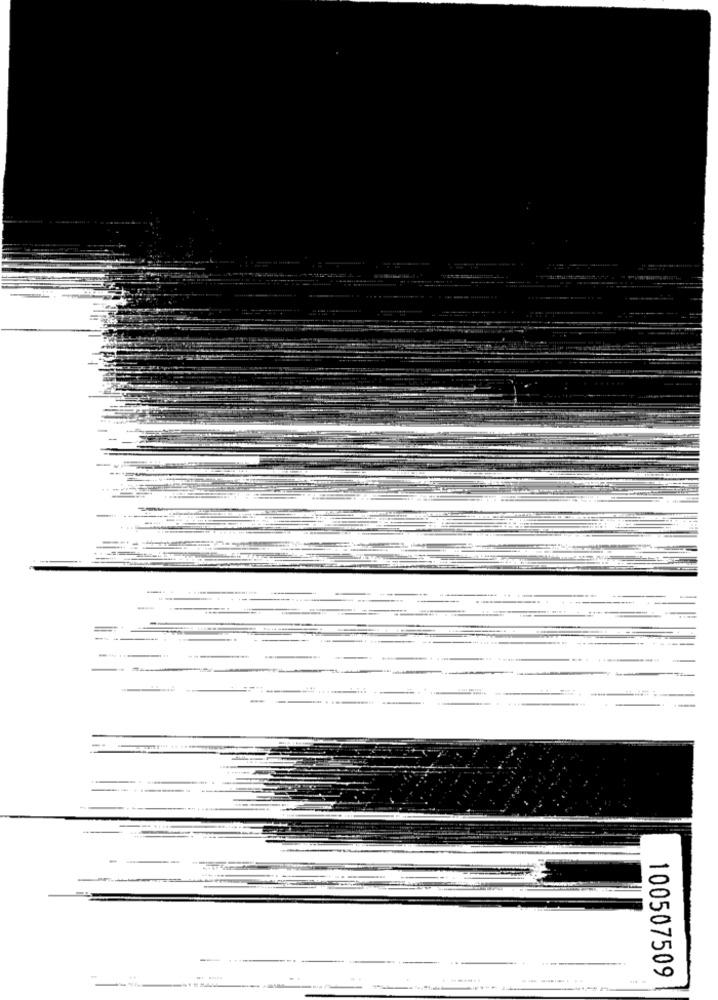
-
100507509